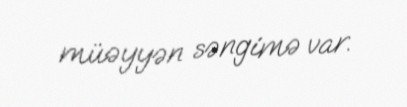
müəyyən səngimə var.